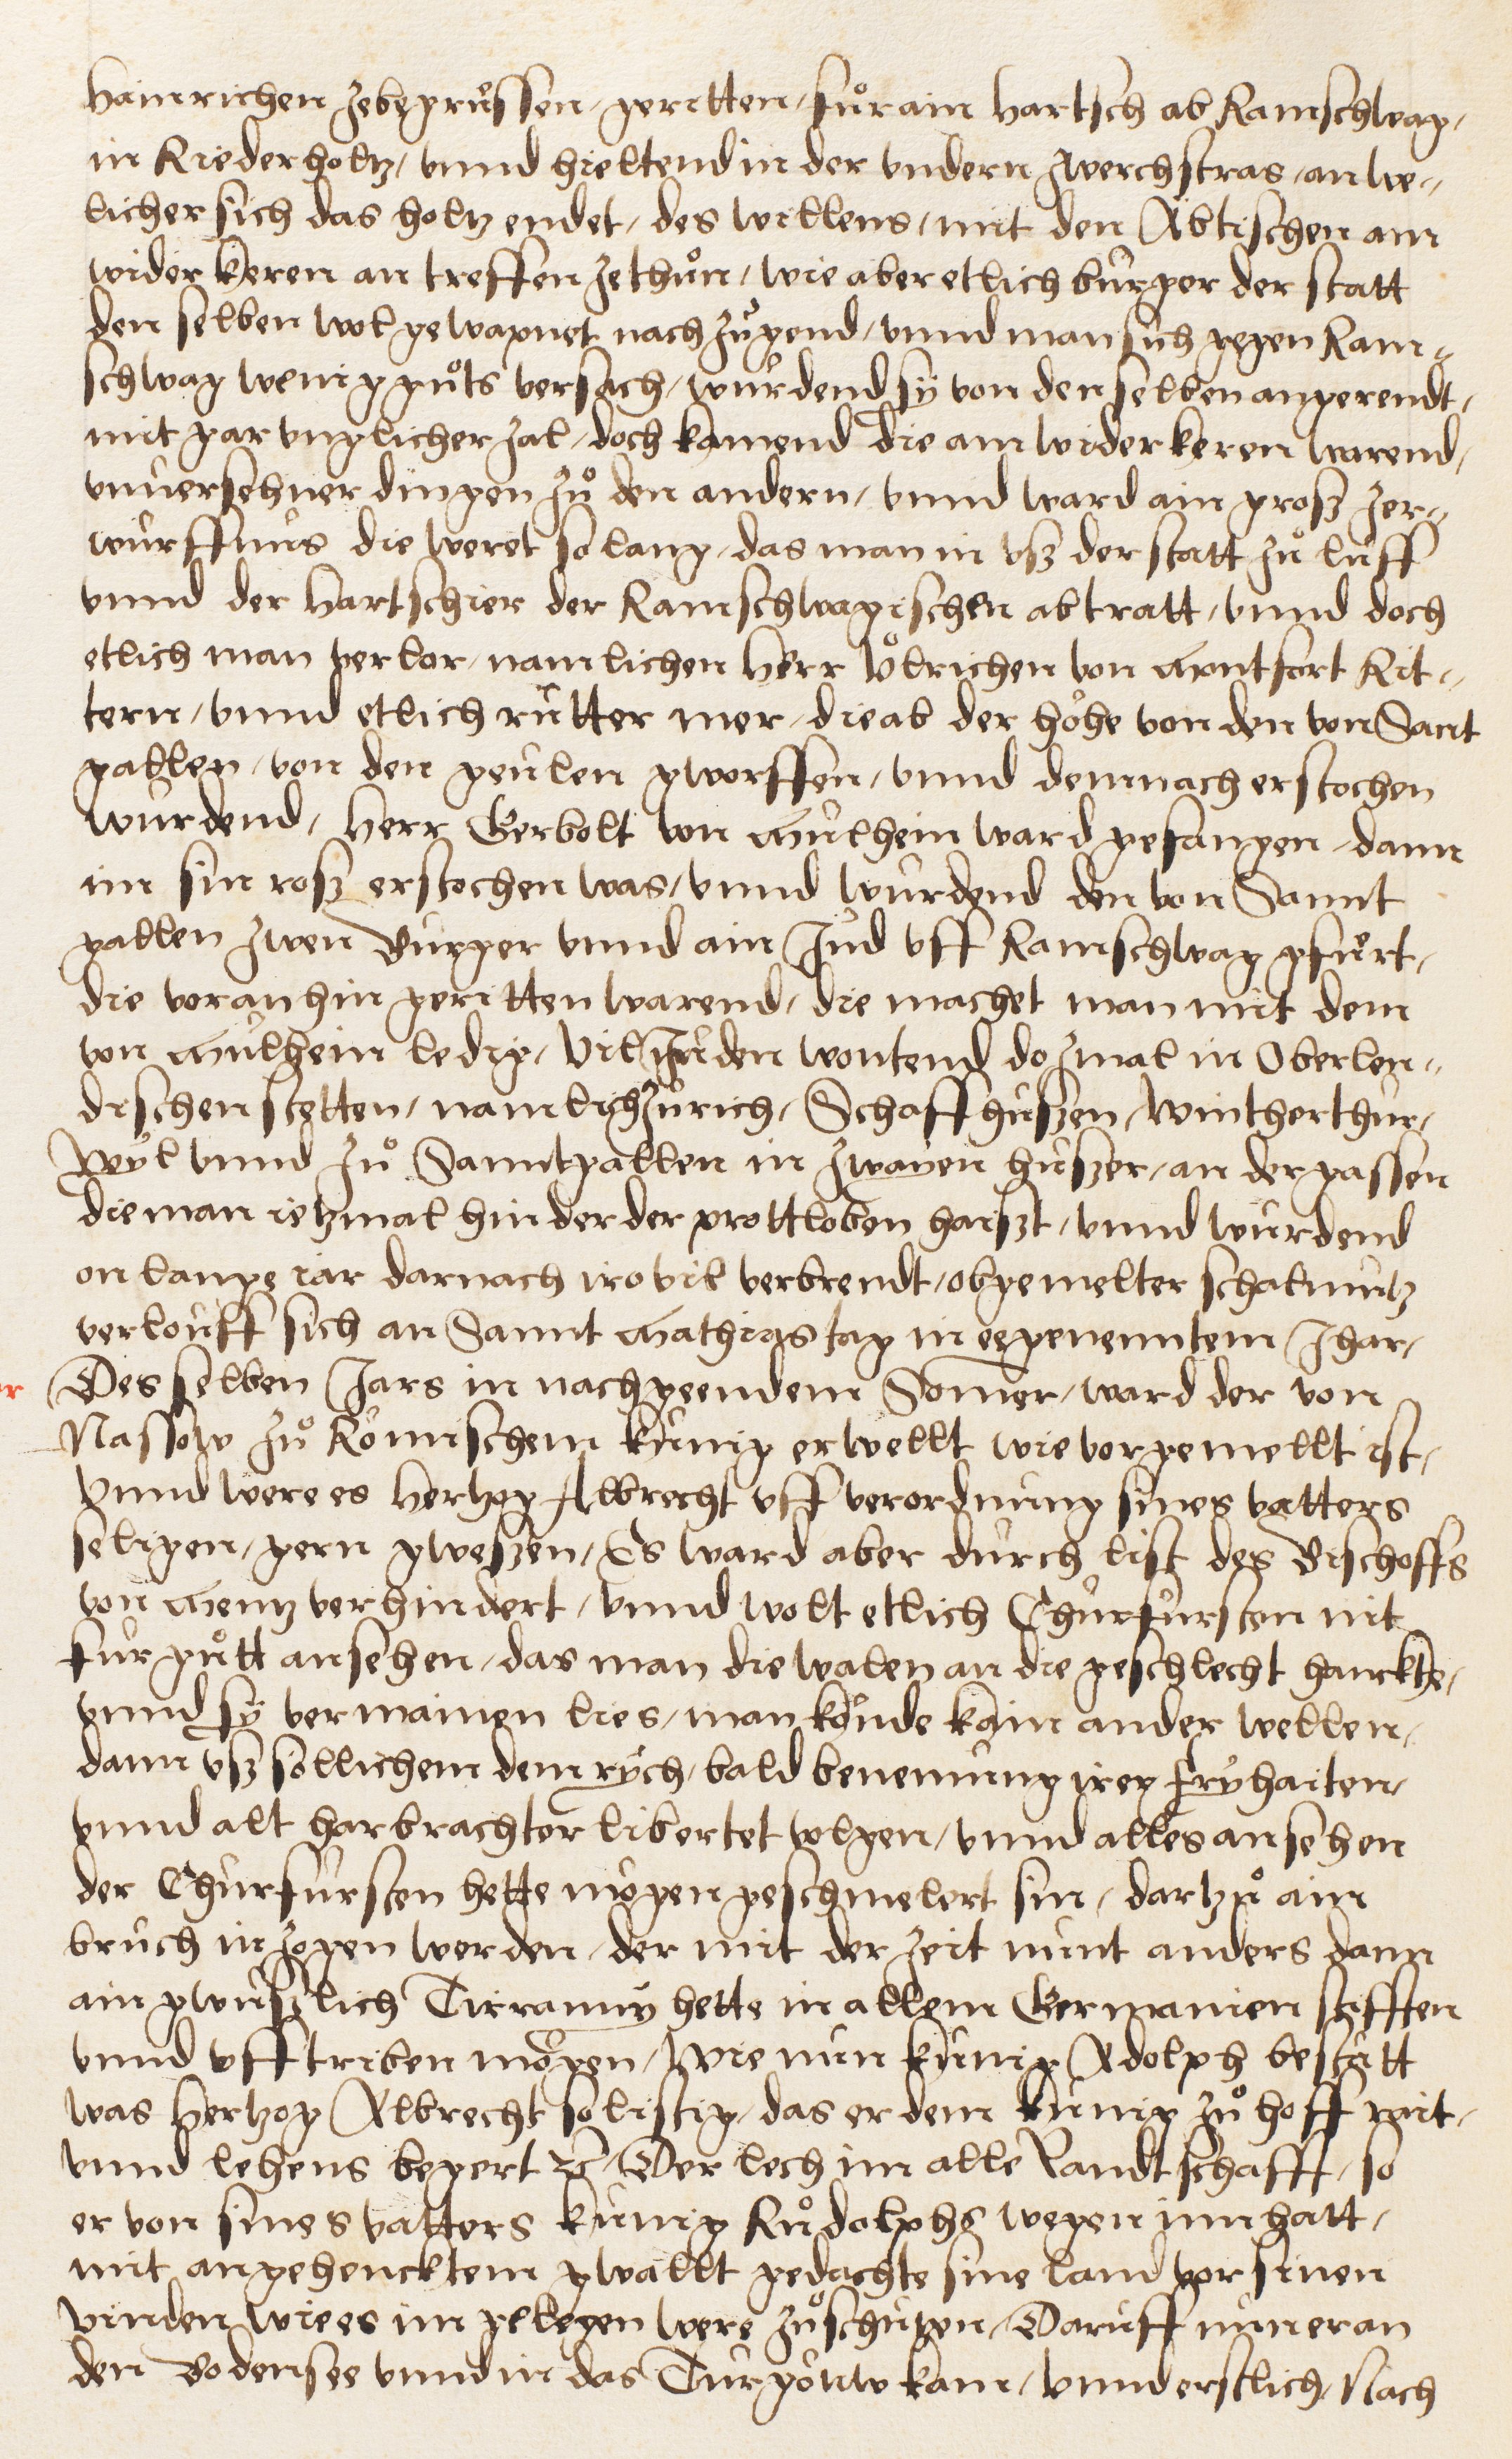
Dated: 1549–1549